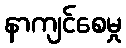
နာကျင်စေမှု